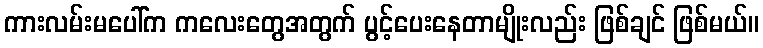
ကားလမ်းမပေါ်က ကလေးတွေအတွက် ပွင့်ပေးနေတာမျိုးလည်း ဖြစ်ချင် ဖြစ်မယ်။